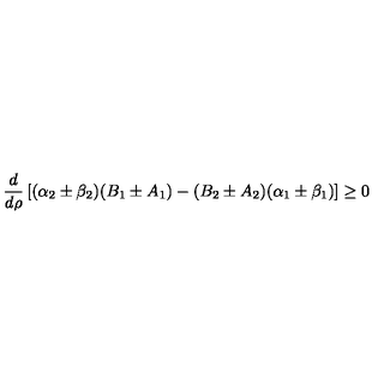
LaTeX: \frac { d } { d \rho } \left[ ( \alpha _ { 2 } \pm \beta _ { 2 } ) ( B _ { 1 } \pm A _ { 1 } ) - ( B _ { 2 } \pm A _ { 2 } ) ( \alpha _ { 1 } \pm \beta _ { 1 } ) \right] \ge 0